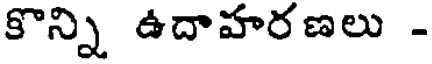
కొన్ని ఉదాహరణలు -